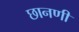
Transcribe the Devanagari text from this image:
छानणी